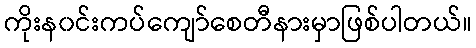
ကိုးန၀င်းကပ်ကျော်စေတီနားမှာဖြစ်ပါတယ်။